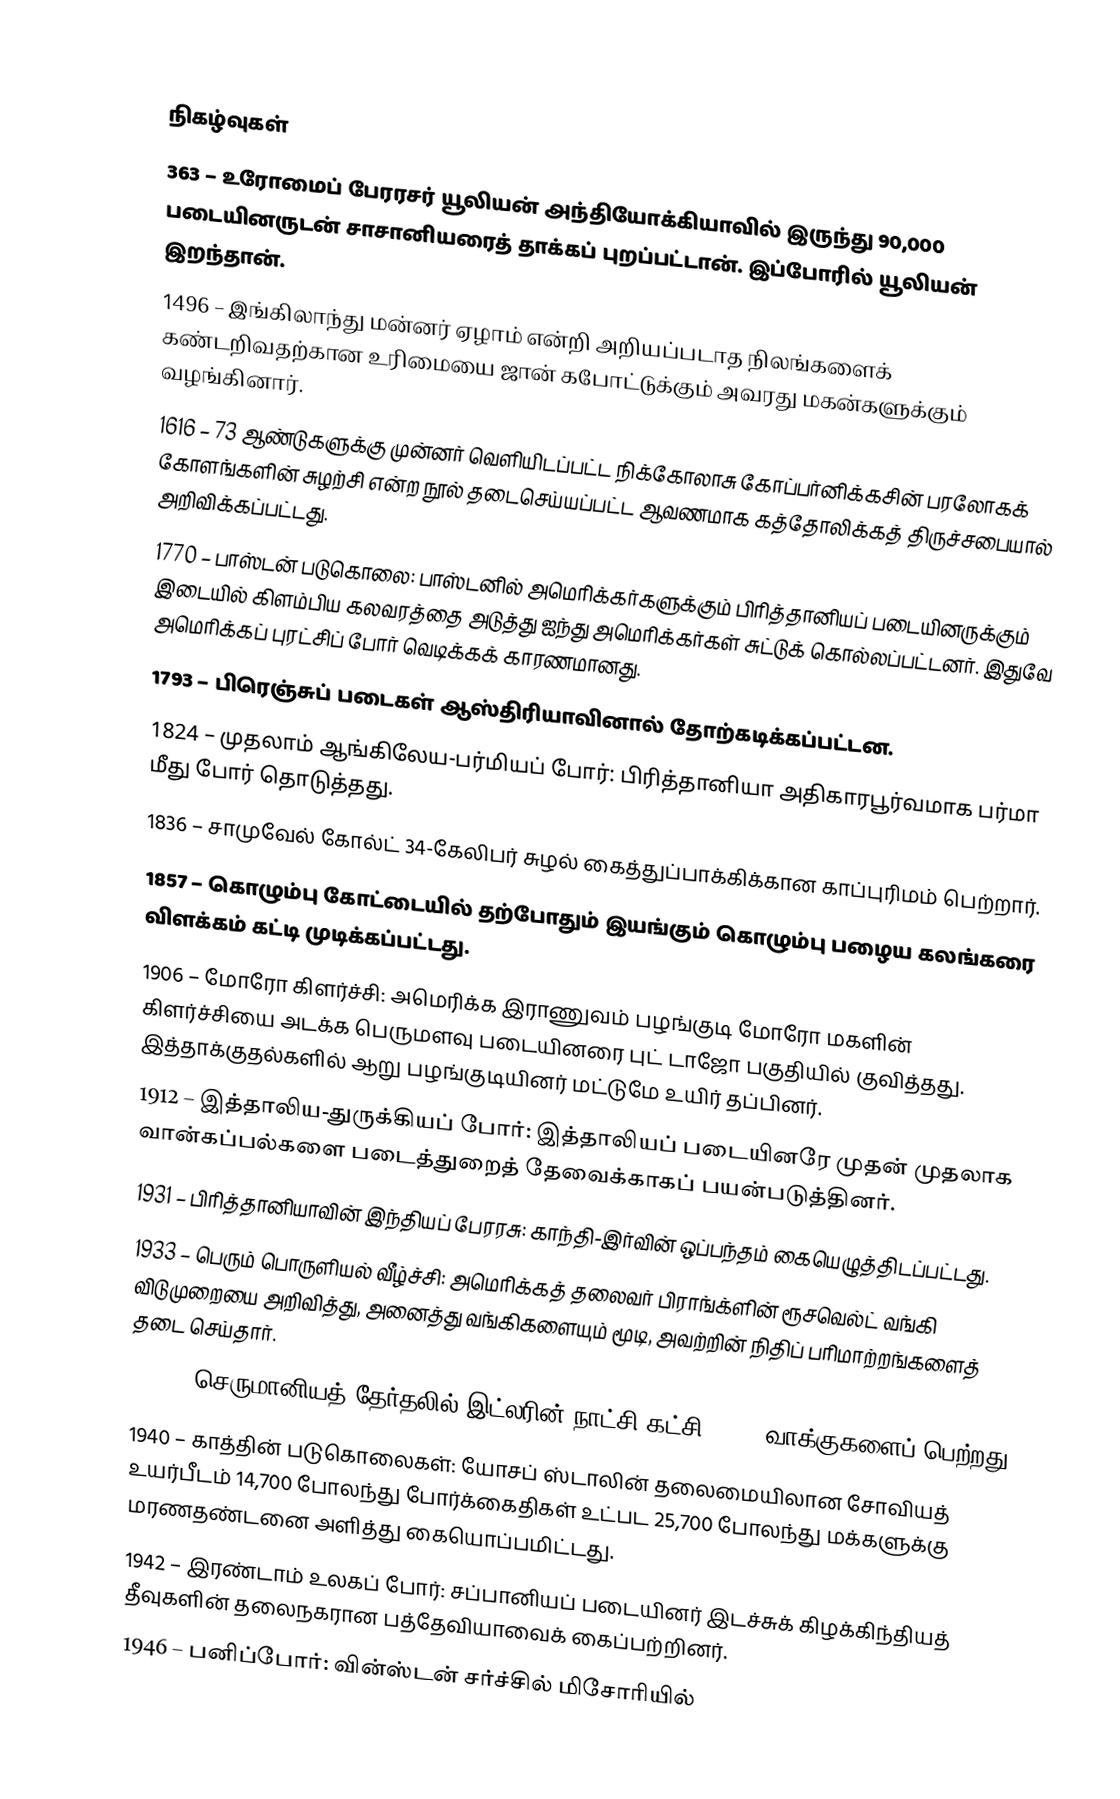

நிகழ்வுகள்
 363 – உரோமைப் பேரரசர் யூலியன் அந்தியோக்கியாவில் இருந்து 90,000 படையினருடன் சாசானியரைத் தாக்கப் புறப்பட்டான். இப்போரில் யூலியன் இறந்தான்.
1496 – இங்கிலாந்து மன்னர் ஏழாம் என்றி அறியப்படாத நிலங்களைக் கண்டறிவதற்கான உரிமையை ஜான் கபோட்டுக்கும் அவரது மகன்களுக்கும் வழங்கினார்.
1616 – 73 ஆண்டுகளுக்கு முன்னர் வெளியிடப்பட்ட நிக்கோலாசு கோப்பர்னிக்கசின் பரலோகக் கோளங்களின் சுழற்சி என்ற நூல் தடைசெய்யப்பட்ட ஆவணமாக கத்தோலிக்கத் திருச்சபையால் அறிவிக்கப்பட்டது.
1770 – பாஸ்டன் படுகொலை: பாஸ்டனில் அமெரிக்கர்களுக்கும் பிரித்தானியப் படையினருக்கும் இடையில் கிளம்பிய கலவரத்தை அடுத்து ஐந்து அமெரிக்கர்கள் சுட்டுக் கொல்லப்பட்டனர். இதுவே அமெரிக்கப் புரட்சிப் போர் வெடிக்கக் காரணமானது.
1793 – பிரெஞ்சுப் படைகள் ஆஸ்திரியாவினால் தோற்கடிக்கப்பட்டன.
1824 – முதலாம் ஆங்கிலேய-பர்மியப் போர்: பிரித்தானியா அதிகாரபூர்வமாக பர்மா மீது போர் தொடுத்தது.
1836 – சாமுவேல் கோல்ட் 34-கேலிபர் சுழல் கைத்துப்பாக்கிக்கான காப்புரிமம் பெற்றார்.
1857 – கொழும்பு கோட்டையில் தற்போதும் இயங்கும் கொழும்பு பழைய கலங்கரை விளக்கம் கட்டி முடிக்கப்பட்டது.
1906 – மோரோ கிளர்ச்சி: அமெரிக்க இராணுவம் பழங்குடி மோரோ மகளின் கிளர்ச்சியை அடக்க பெருமளவு படையினரை புட் டாஜோ பகுதியில் குவித்தது. இத்தாக்குதல்களில் ஆறு பழங்குடியினர் மட்டுமே உயிர் தப்பினர்.
1912 – இத்தாலிய-துருக்கியப் போர்: இத்தாலியப் படையினரே முதன் முதலாக வான்கப்பல்களை படைத்துறைத் தேவைக்காகப் பயன்படுத்தினர்.
1931 – பிரித்தானியாவின் இந்தியப் பேரரசு: காந்தி-இர்வின் ஒப்பந்தம் கையெழுத்திடப்பட்டது.
1933 – பெரும் பொருளியல் வீழ்ச்சி: அமெரிக்கத் தலைவர் பிராங்க்ளின் ரூசவெல்ட் வங்கி விடுமுறையை அறிவித்து, அனைத்து வங்கிகளையும் மூடி, அவற்றின் நிதிப் பரிமாற்றங்களைத் தடை செய்தார்.
1933 – செருமானியத் தேர்தலில் இட்லரின் நாட்சி கட்சி 43.9% வாக்குகளைப் பெற்றது.
1940 – காத்தின் படுகொலைகள்: யோசப் ஸ்டாலின் தலைமையிலான சோவியத் உயர்பீடம் 14,700 போலந்து போர்க்கைதிகள் உட்பட 25,700 போலந்து மக்களுக்கு மரணதண்டனை அளித்து கையொப்பமிட்டது.
1942 – இரண்டாம் உலகப் போர்: சப்பானியப் படையினர் இடச்சுக் கிழக்கிந்தியத் தீவுகளின் தலைநகரான பத்தேவியாவைக் கைப்பற்றினர்.
1946 – பனிப்போர்: வின்ஸ்டன் சர்ச்சில் மிசோரியில்